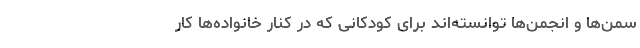
سمن‌ها و انجمن‌ها توانسته‌اند برای کودکانی که در کنار خانواده‌ها کار